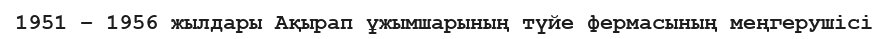
1951 – 1956 жылдары Ақырап ұжымшарының түйе фермасының меңгерушісі